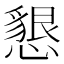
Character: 懇